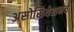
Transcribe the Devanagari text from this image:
असोसियेशनचे